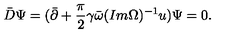
\bar { D } \Psi = ( \bar { \partial } + { \frac { \pi } { 2 } } \gamma \bar { \omega } ( I m \Omega ) ^ { - 1 } u ) \Psi = 0 .